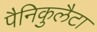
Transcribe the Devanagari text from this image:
पैनिकुलैटा